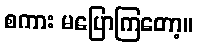
စကား မပြောကြတော့။